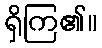
ရှိကြ၏။